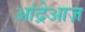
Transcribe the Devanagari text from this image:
आंद्रेआज़